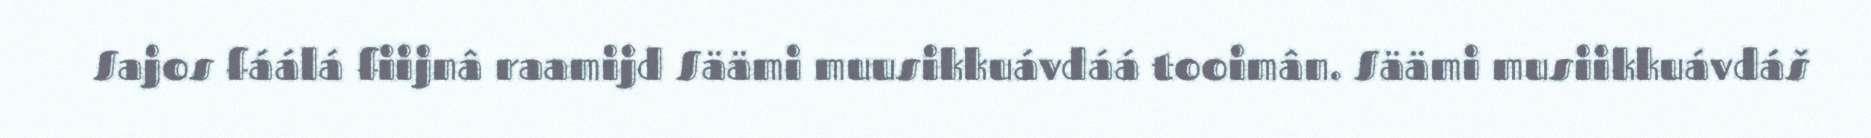
Sajos fáálá fiijnâ raamijd Säämi muusikkuávdáá tooimân. Säämi musiikkuávdáš